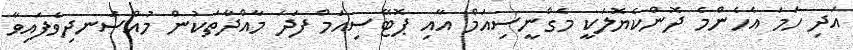
އަދި ހަމަ އެހެންމެ ދޮންކެޔޮލަކީ މެގްނީސިއަމް އާއި ޕޮޓޭސިއަމް ފަދަ މާއްދާތަކުން މުއްސަނދިވެފައިވާ